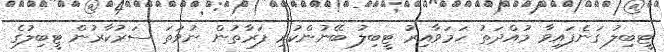
ޓީބިލު ގަނެފައިވާ މުއްދަތު ހަމަވާއިރު ޓީބިލު ބޭނުންކުރި ފަރާތުން ނުވަތަ ސަރުކާރުން ޓީބިލުގެ